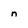
Character: n